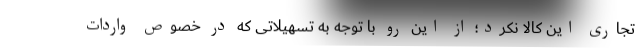
تجاری این کالا نکرد؛ از این رو با توجه به تسهیلاتی که در خصوص واردات